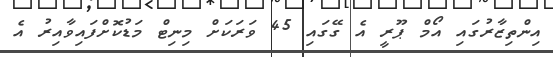
އިންތިޒާރުގައި އޯމް ޕޫރީ އެ ގޭގައި 45 ވަރަކަށް މިނިޓް މަޑުކޮށްފައިވާއިރު އެ